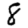
Digit: 8